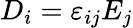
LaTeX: D_{i}=\varepsilon_{ij}E_{j}